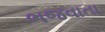
ભજવાતા